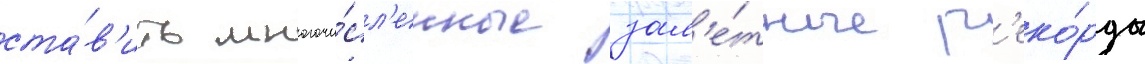
ста́в'ить многочи́сл'енные зам'е́тные р'еко́рды